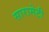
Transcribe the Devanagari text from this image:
सारामेटी